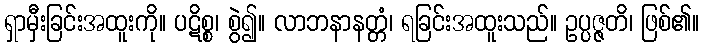
ရှာမှီးခြင်းအထူးကို။ ပဋိစ္စ၊ စွဲ၍။ လာဘနာနတ္တံ၊ ရခြင်းအထူးသည်။ ဥပ္ပဇ္ဇတိ၊ ဖြစ်၏။